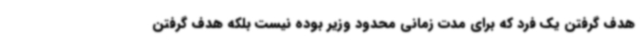
هدف گرفتن یک فرد که برای مدت زمانی محدود وزیر بوده نیست بلکه هدف گرفتن